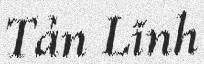
Tản Lĩnh